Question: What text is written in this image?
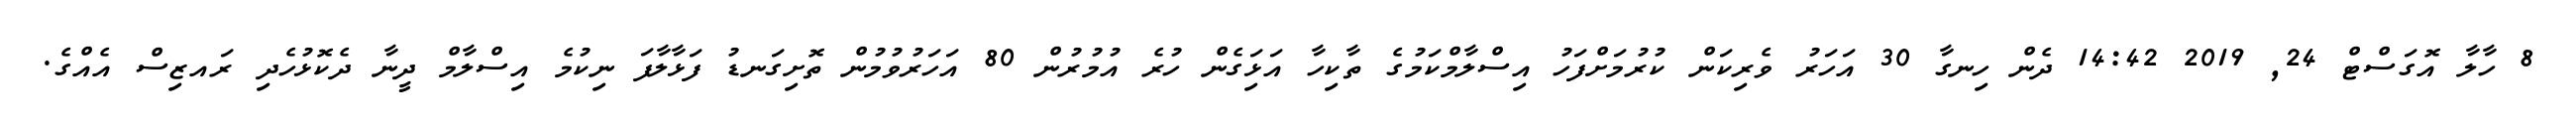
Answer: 8 ހާލާ އޮގަސްޓް 24, 2019 14:42 ދެން ހިނގާ 30 އަހަރު ވެރިކަން ކުރުމަށްފަހު އިސްލާމްކަމުގެ ތާކިހާ އަޅަިގެން ހުރެ އުމުރުން 80 އަހަރުވުމުން ތޮށިގަނޑު ފަޅާލާފަ ނިކުމެ އިސްލާމް ދީނާ ދެކޮޅުހެދި ރައޒިސް އެއްގެ.